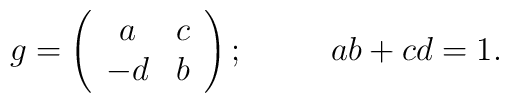
g=\left( \begin{array}{cc} a & c \\-d & b \end{array}\right) ;\;\;\;\;\;\;\;\;\ ab+cd=1.